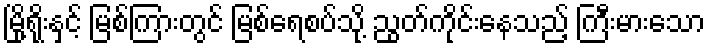
မြို့ရိုးနှင့် မြစ်ကြားတွင် မြစ်ရေစပ်သို့ ညွတ်ကိုင်းနေသည့် ကြီးမားသော